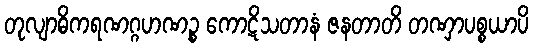
တုလျာဓိကရဏဂ္ဂဟဏဉ္စ ကောဋိသတာနံ ဇနတာတိ တဏှာပစ္စယာပိ